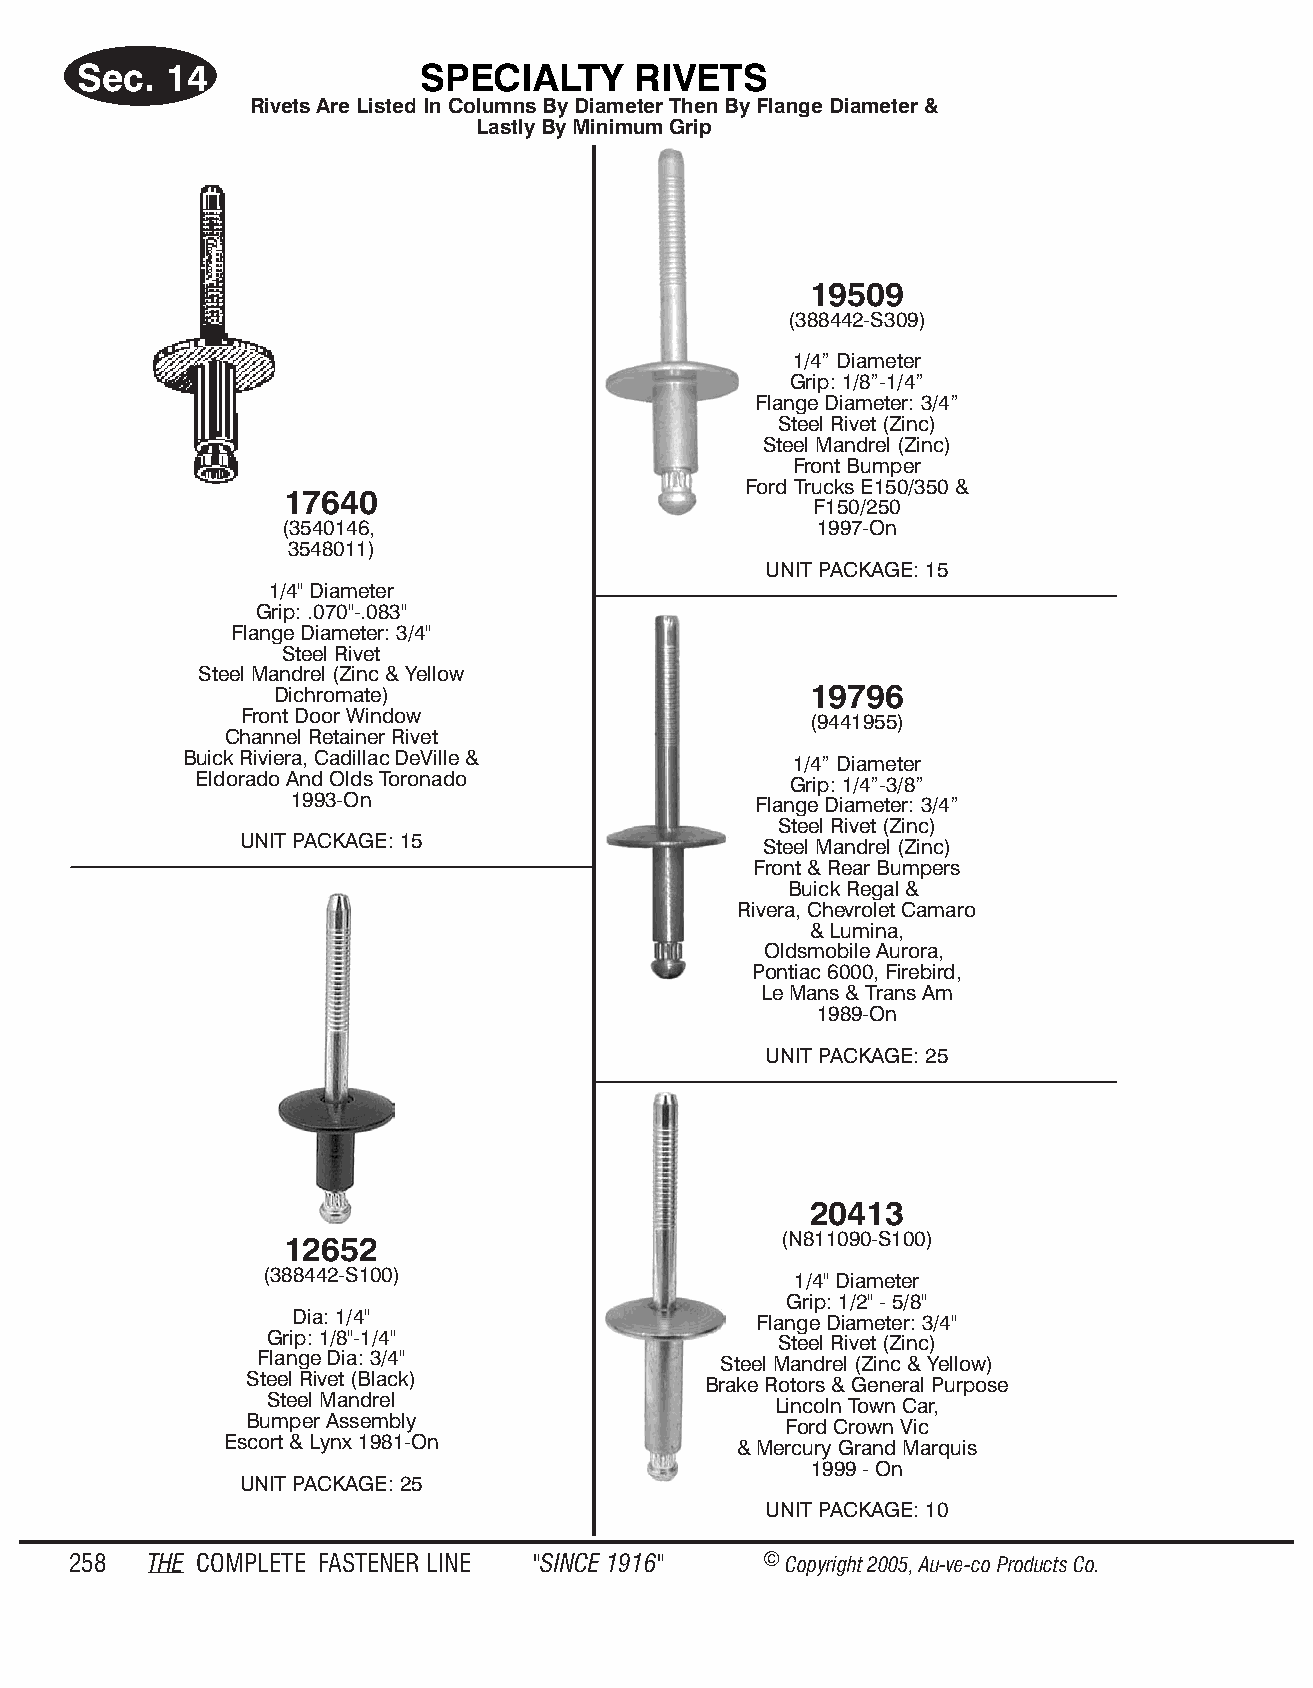
Sec.  14               SPE  CIALTY   RIV ETS
 Rive ts Are Listed In Col umns By Dia m et er Then By Flange Dia m et er &
 Lastly By Min im um Grip
 19509
 (388442-S309)
 1/4” Diameter
 Grip: 1/8”-1/4”
 Flange Diameter: 3/4”
 Steel Rivet (Zinc)
 Steel Mandrel (Zinc)
 Front Bumper
 Ford Trucks E150/350 &
 17640
 F150/250
 (3540146,                          1997-On
 3548011)
 UNIT PACKAGE: 15
 1/4" Diameter
 Grip: .070"-.083"
 Flange Diameter: 3/4"
 Steel Rivet
 Steel Mandrel (Zinc & Yellow
 Dichromate)                         19796
 Front Door Window                     (9441955)
 Channel Retainer Rivet
 Buick Riviera, Cadillac DeVille &        1/4” Diameter
 Eldorado And Olds Toronado              Grip: 1/4”-3/8”
 1993-On                       Flange Diameter: 3/4”
 Steel Rivet (Zinc)
 UNIT PACKAGE: 15                   Steel Mandrel (Zinc)
 Front & Rear Bumpers
 Buick Regal &
 Rivera, Chevrolet Camaro
 & Lumina,
 Oldsmobile Aurora,
 Pontiac 6000, Firebird,
 Le Mans & Trans Am
 1989-On
 UNIT PACKAGE: 25
 20413
 12652                            (N811090-S100)
 (388442-S100)                      1/4" Diameter
 Grip: 1/2" - 5/8"
 Dia: 1/4"                     Flange Diameter: 3/4"
 Grip: 1/8"-1/4"                   Steel Rivet (Zinc)
 Flange Dia: 3/4"               Steel Mandrel (Zinc & Yellow)
 Steel Rivet (Black)           Brake Rotors & General Purpose
 Steel Mandrel                     Lincoln Town Car,
 Bumper Assembly                    Ford Crown Vic
 Escort & Lynx 1981-On             & Mercury Grand Marquis
 1999 - On
 UNIT PACKAGE: 25
 UNIT PACKAGE: 10
 258  THE COM PLETE FAST ENER LINE "SINCE 1916" © Copyr ight 2005, Au-ve-co Produ cts Co.